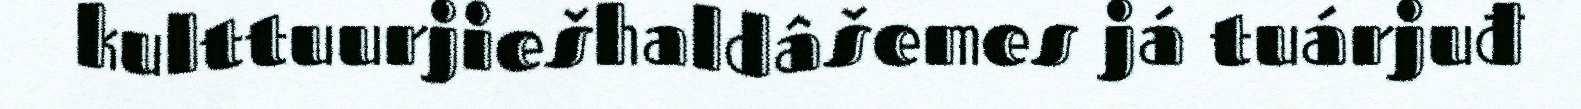
kulttuurjiešhaldâšemes já tuárjuđ